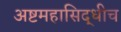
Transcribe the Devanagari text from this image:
अष्टमहासिद्धीच